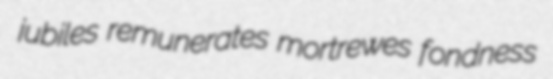
jubiles remunerates mortrewes fondness